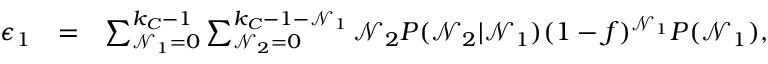
\begin{array} { r l r } { \epsilon _ { 1 } } & { = } & { \sum _ { \mathcal { N } _ { 1 } = 0 } ^ { k _ { C } - 1 } \sum _ { \mathcal { N } _ { 2 } = 0 } ^ { k _ { C } - 1 - \mathcal { N } _ { 1 } } \mathcal { N } _ { 2 } P ( \mathcal { N } _ { 2 } | \mathcal { N } _ { 1 } ) ( 1 - f ) ^ { \mathcal { N } _ { 1 } } P ( \mathcal { N } _ { 1 } ) , } \end{array}